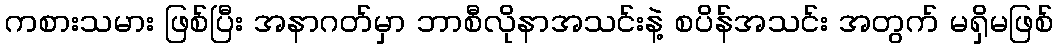
ကစားသမား ဖြစ်ပြီး အနာဂတ်မှာ ဘာစီလိုနာအသင်းနဲ့ စပိန်အသင်း အတွက် မရှိမဖြစ်